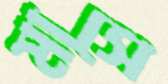
মাসে